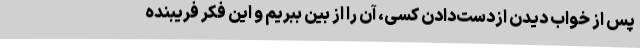
پس از خواب دیدن ازدست‌دادن کسی، آن را از بین ببریم و این فکر فریبنده